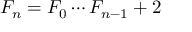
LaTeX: F _ { n } = F _ { 0 } \cdots F _ { n - 1 } + 2